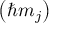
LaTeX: \left( \hbar m _ { j } \right)